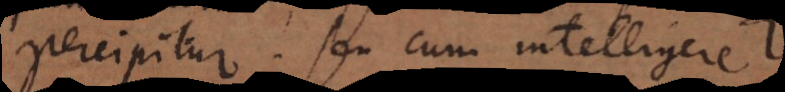
percipitur, seu cum intelligere